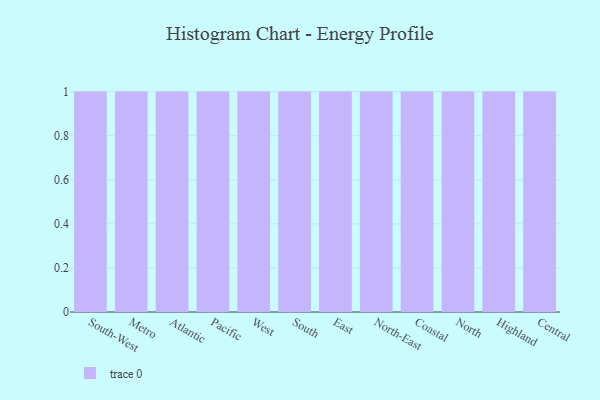
{"axis": {"x": "Region", "y": "Active Users"}, "legend": [""], "data": [{"x": "South-West", "y": 2, "type": ""}, {"x": "Metro", "y": 57, "type": ""}, {"x": "Atlantic", "y": 88, "type": ""}, {"x": "Pacific", "y": 35, "type": ""}, {"x": "West", "y": 56, "type": ""}, {"x": "South", "y": 54, "type": ""}, {"x": "East", "y": 58, "type": ""}, {"x": "North-East", "y": 83, "type": ""}, {"x": "Coastal", "y": 20, "type": ""}, {"x": "North", "y": 12, "type": ""}, {"x": "Highland", "y": 78, "type": ""}, {"x": "Central", "y": 80, "type": ""}]}